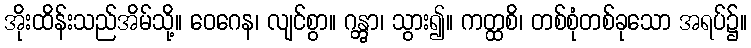
အိုးထိန်းသည်အိမ်သို့။ ဝေဂေန၊ လျင်စွာ။ ဂန္တွာ၊ သွား၍။ ကတ္ထစိ၊ တစ်စုံတစ်ခုသော အရပ်၌။